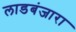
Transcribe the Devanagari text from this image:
लाडबंजारा